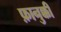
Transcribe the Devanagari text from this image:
फ़ानुक्की